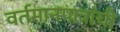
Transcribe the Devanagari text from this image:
वर्तमानपात्रांची